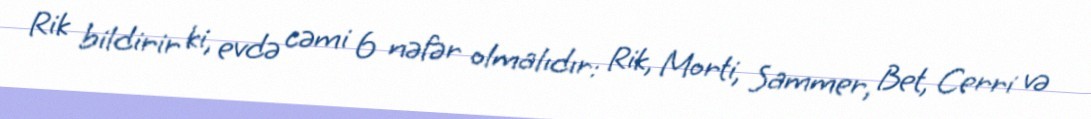
Rik bildirir ki, evdə cəmi 6 nəfər olmalıdır: Rik, Morti, Sammer, Bet, Cerri və